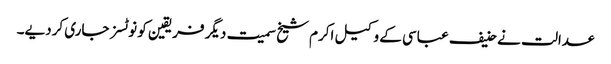
عدالت نے حنیف عباسی کے وکیل اکرم شیخ سمیت دیگر فریقین کو نوٹسز جاری کردیے۔